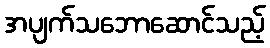
အပျက်သဘောဆောင်သည့်